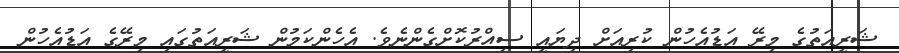
ޝަރީއަތުގެ މިރޭ އަޑުއެހުން ކުރިއަށް ދިޔައީ ސިއްރުކޮށްގެންނެވެ. އެހެންކަމުން ޝަރީއަތުގައި މިރޭގެ އަޑުއެހުން